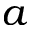
a